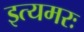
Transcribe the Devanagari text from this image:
इत्यमरः